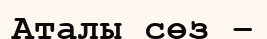
Аталы сөз –